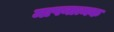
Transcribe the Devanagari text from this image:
मापनात्मक